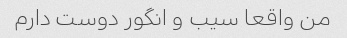
من واقعا سیب و انگور دوست دارم